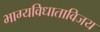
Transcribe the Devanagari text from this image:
भाग्यविधाताविजय